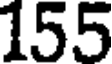
155